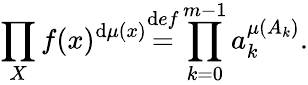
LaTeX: \prod_{X}f(x)^{\mathrm{d}\mu(x)}{\overset{\mathrm{d}ef}{=}}\prod_{k=0}^{m-1}a_{k}^{\mu(A_{k})}.